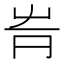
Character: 𡴊